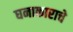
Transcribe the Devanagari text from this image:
घनाकाराचे